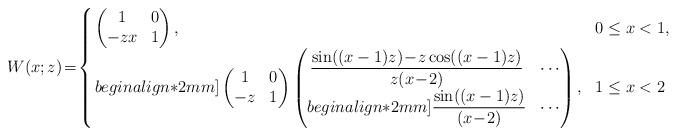
LaTeX: \begin{align*}W(x;z)\!=\!\left\{\!\!\begin{array}{ll}\begin{pmatrix}1&0\\-zx&1\end{pmatrix},&0\le x<1,\\begin{align*}2mm]\begin{pmatrix}1&0\\-z&1\end{pmatrix}\begin{pmatrix}\dfrac{\sin ((x-1)z)\! -\! z\cos ((x-1)z)}{z(x\!-\!2)}&\cdots\\begin{align*}2mm]\dfrac{\sin ((x-1)z) }{(x\!-\!2)}&\cdots\end{pmatrix},&1\le x<2\end{array}\right.\end{align*}